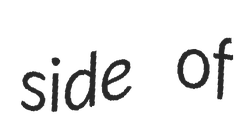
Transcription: side of